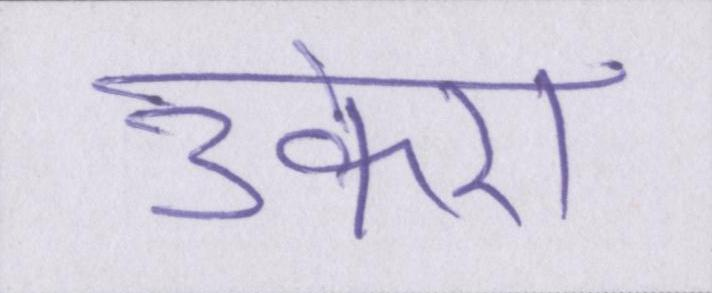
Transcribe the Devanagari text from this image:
उकेरा